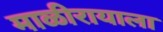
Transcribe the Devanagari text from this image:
माळीरायाला